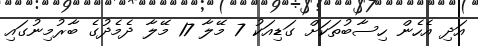
އަދި އެހެން ހިސާބުތަކަށް ގަޑިއަކު 7 މޭލާ 17 މޭލާ ދެމެދުގެ ބާރުމިނުގައި